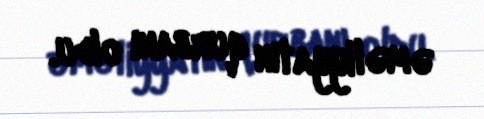
əməliyyatın qurbanı oldu.